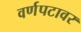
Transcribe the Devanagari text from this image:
वर्णपटावर